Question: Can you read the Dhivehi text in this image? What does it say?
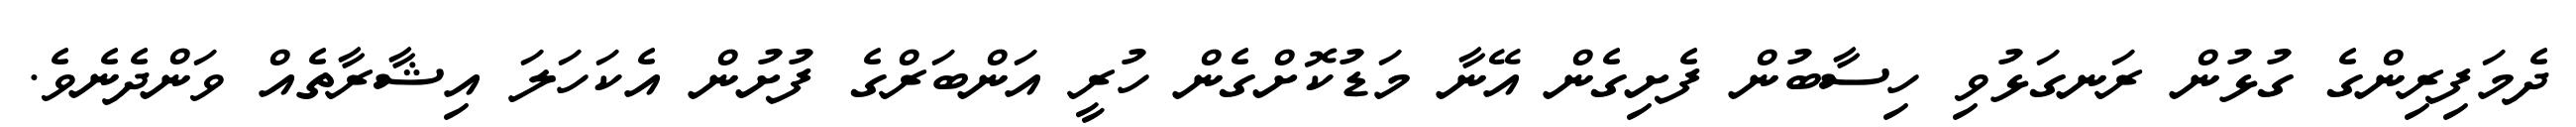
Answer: ދެމަފިރިންގެ ގުޅުން ރަނގަޅުވި ހިސާބުން ފެށިގެން އޭނާ މަޑުކޮށްގެން ހުރީ އަންބަރްގެ ފުށުން އެކަހަލަ އިޝާރާތެއް ވަންދެނެވެ.